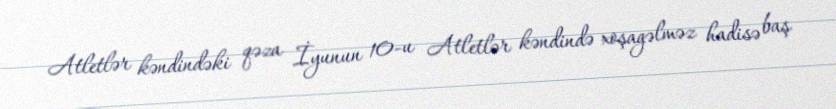
Atletlər kəndindəki qəza İyunun 10-u Atletlər kəndində xoşagəlməz hadisə baş